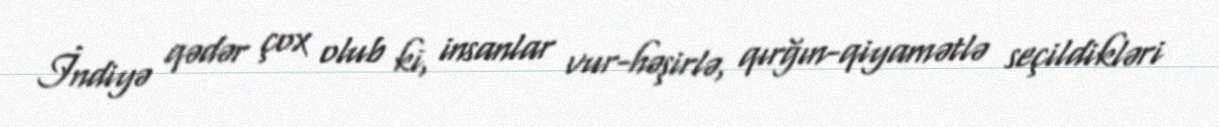
İndiyə qədər çox olub ki, insanlar vur-həşirlə, qırğın-qiyamətlə seçildikləri